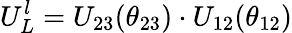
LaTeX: U_{L}^{l}=U_{23}(\theta_{23})\cdot U_{12}(\theta_{12})